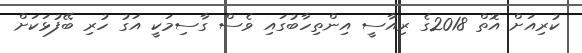
ކުރިއަށް އޮތް 2018ގެ ރިއާސީ އިންތިހާބުގައި ވެސް ގާސިމަކީ އަގު ހުރި ބޭފުޅަކަށް